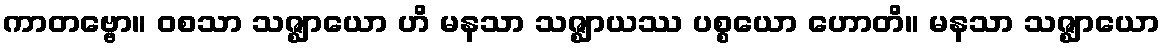
ကာတဗ္ဗော။ ဝစသာ သဇ္ဈာယော ဟိ မနသာ သဇ္ဈာယဿ ပစ္စယော ဟောတိ။ မနသာ သဇ္ဈာယော